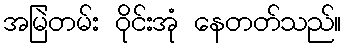
အမြဲတမ်း ဝိုင်းအုံ နေတတ်သည်။